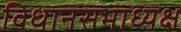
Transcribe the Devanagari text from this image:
विधानसभाध्यक्ष